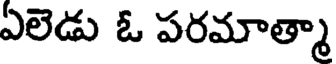
ఏలెడు ఓ పరమాత్మా